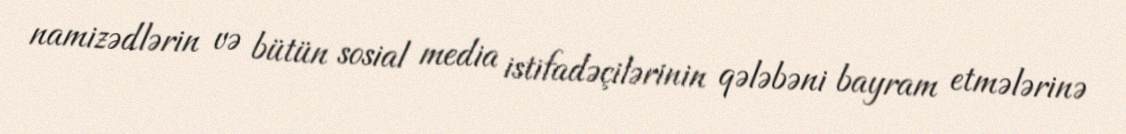
namizədlərin və bütün sosial media istifadəçilərinin qələbəni bayram etmələrinə